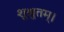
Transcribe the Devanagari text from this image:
शुश्रुतम्।